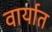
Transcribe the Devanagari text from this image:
वार्यात